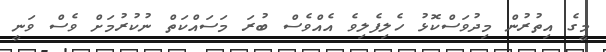
މީގެ އިތުރުން މިދުވަސްކޮޅު ހެލިފެލިވެ އެއްވެސް ބުރަ މަސައްކަތް ނުކުރުމަށް ވެސް ވަނީ